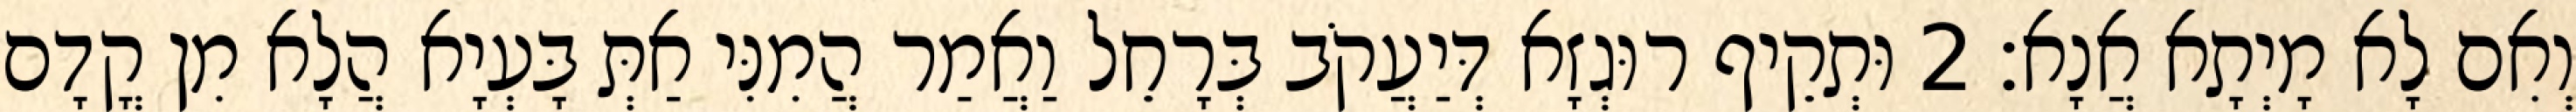
וְאִם לָא מָיְתָא אֲנָא׃ 2 וּתְקֵיף רוּגְזָא דְּיַעֲקֹב בְּרָחֵל וַאֲמַר הֲמִנִּי אַתְּ בָּעְיָא הֲלָא מִן קֳדָם